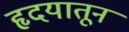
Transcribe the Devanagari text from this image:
हृदयातून